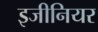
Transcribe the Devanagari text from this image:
इजीनियर